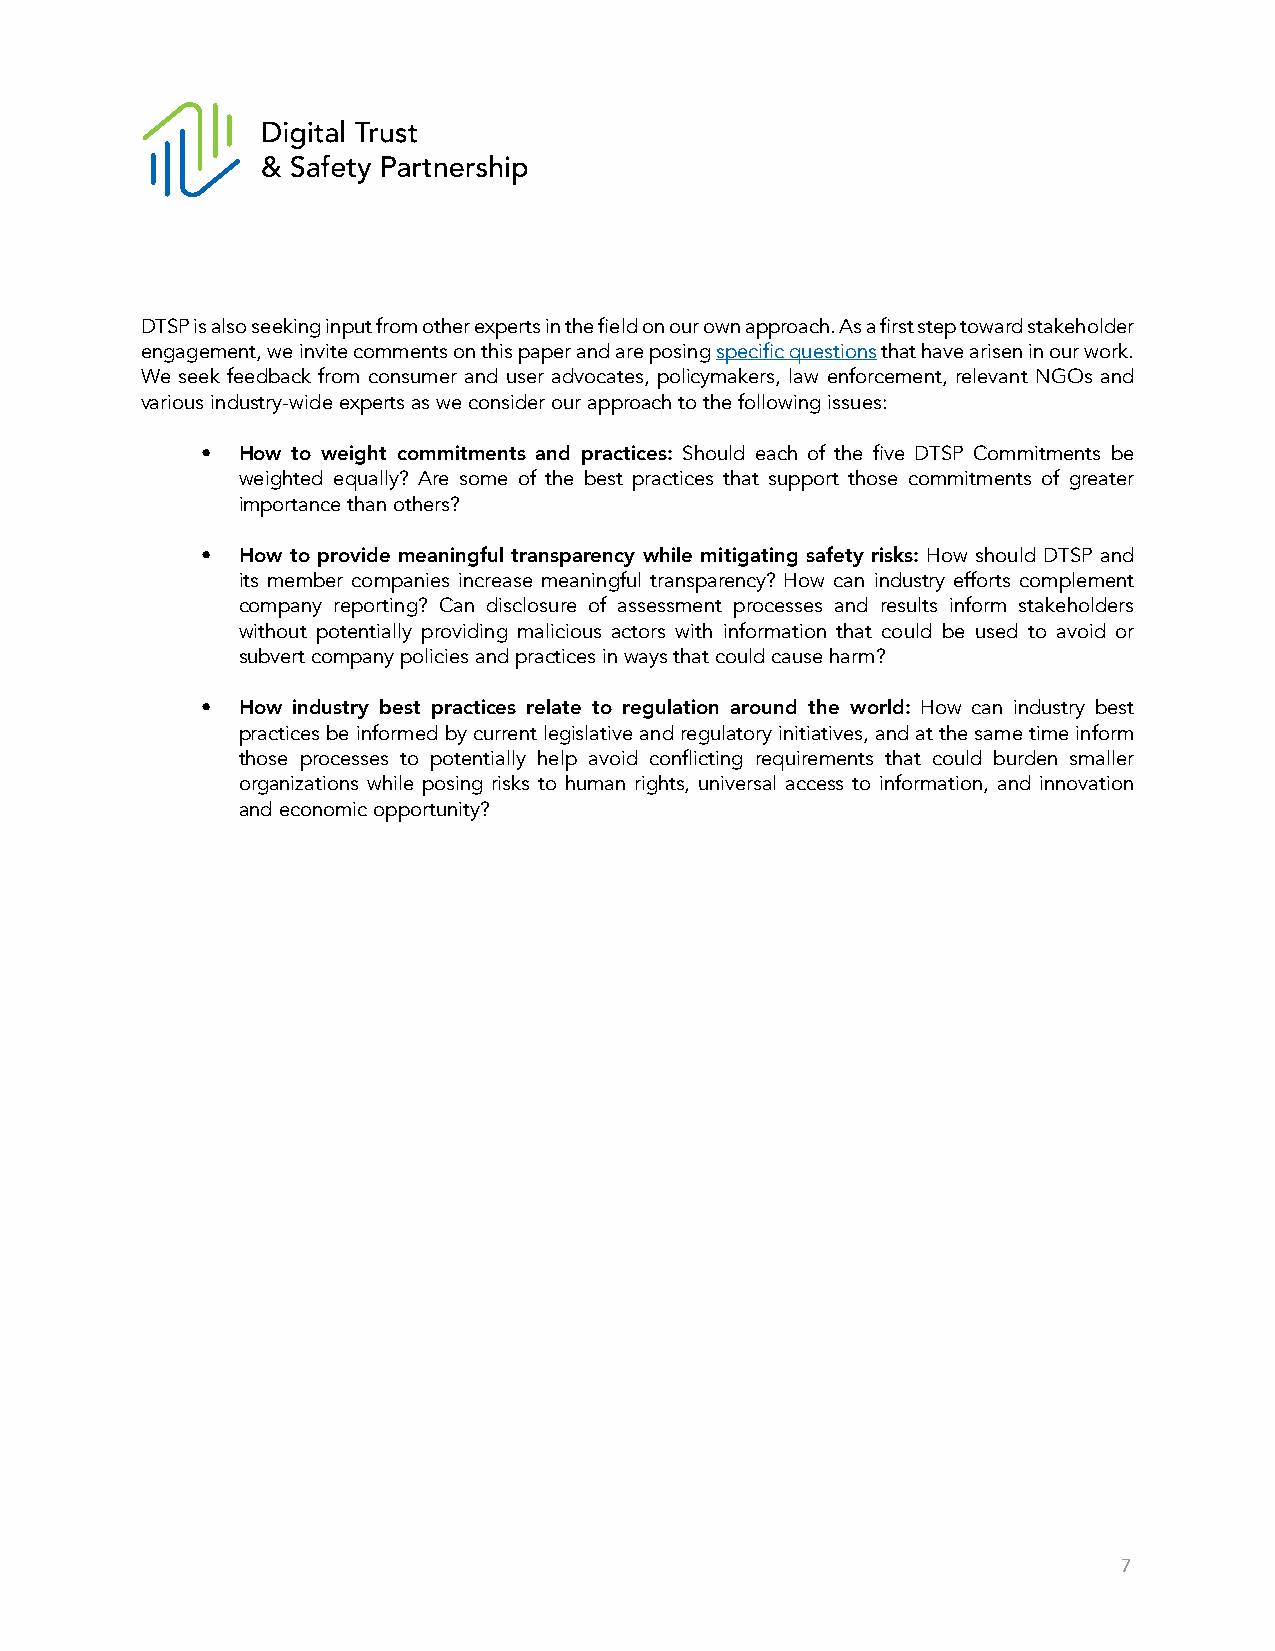
DTSP is also seeking input from other experts in the field on our own approach. As a first step toward stakeholder
 engagement, we invite comments on this paper and are posing specific questions that have arisen in our work.
 We seek feedback from consumer and user advocates, policymakers, law enforcement, relevant NGOs and
 various industry-wide experts as we consider our approach to the following issues:
 •  How to weight commitments and practices: Should each of the five DTSP Commitments be
 weighted equally? Are some of the best practices that support those commitments of greater
 importance than others?
 •  How to provide meaningful transparency while mitigating safety risks: How should DTSP and
 its member companies increase meaningful transparency? How can industry efforts complement
 company reporting? Can disclosure of assessment processes and results inform stakeholders
 without potentially providing malicious actors with information that could be used to avoid or
 subvert company policies and practices in ways that could cause harm?
 •  How industry best practices relate to regulation around the world: How can industry best
 practices be informed by current legislative and regulatory initiatives, and at the same time inform
 those processes to potentially help avoid conflicting requirements that could burden smaller
 organizations while posing risks to human rights, universal access to information, and innovation
 and economic opportunity?
 7